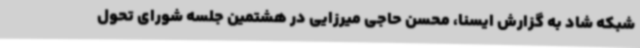
شبکه شاد به گزارش ایسنا، محسن حاجی میرزایی در هشتمین جلسه شورای تحول